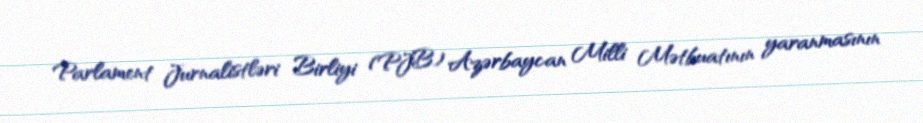
Parlament Jurnalistləri Birliyi (PJB) Azərbaycan Milli Mətbuatının yaranmasının